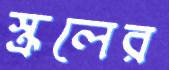
স্ক্রলের